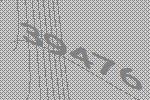
39476